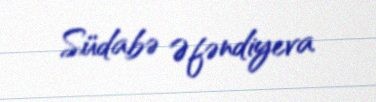
Südabə Əfəndiyeva